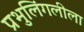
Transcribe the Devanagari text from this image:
प्रभुलिंगलीला